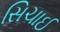
સિચાઈ